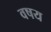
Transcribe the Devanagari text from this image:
वषय